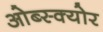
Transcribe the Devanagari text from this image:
ओब्स्क्योर